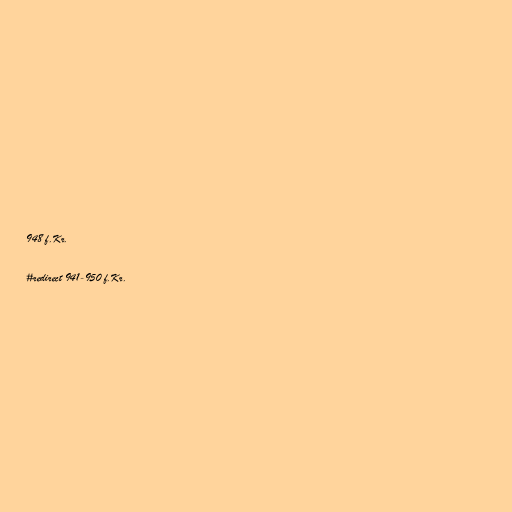
948 f.Kr.

#redirect 941-950 f.Kr.